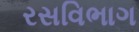
રસવિભાગ